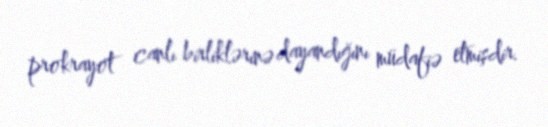
prokrayot canlı birliklərinə dayandığını müdafiə etmişdir.